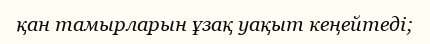
қан тамырларын ұзақ уақыт кеңейтеді;